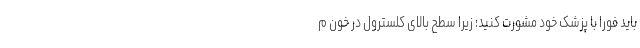
باید فورا با پزشک خود مشورت کنید؛ زیرا سطح بالای کلسترول در خون م